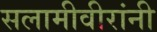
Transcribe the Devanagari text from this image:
सलामीवीरांनी